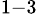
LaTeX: _{1-3}